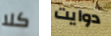
كلا دوايت